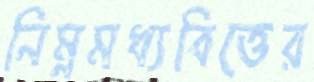
নিম্নমধ্যবিত্তের